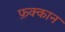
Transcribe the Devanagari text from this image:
फ़क्कान